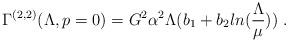
LaTeX: \begin{align*}\Gamma^{(2,2)}(\Lambda,p=0)=G^2\alpha^2\Lambda(b_1+b_2ln(\frac{\Lambda}{\mu}))\;.\end{align*}